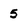
Character: 5